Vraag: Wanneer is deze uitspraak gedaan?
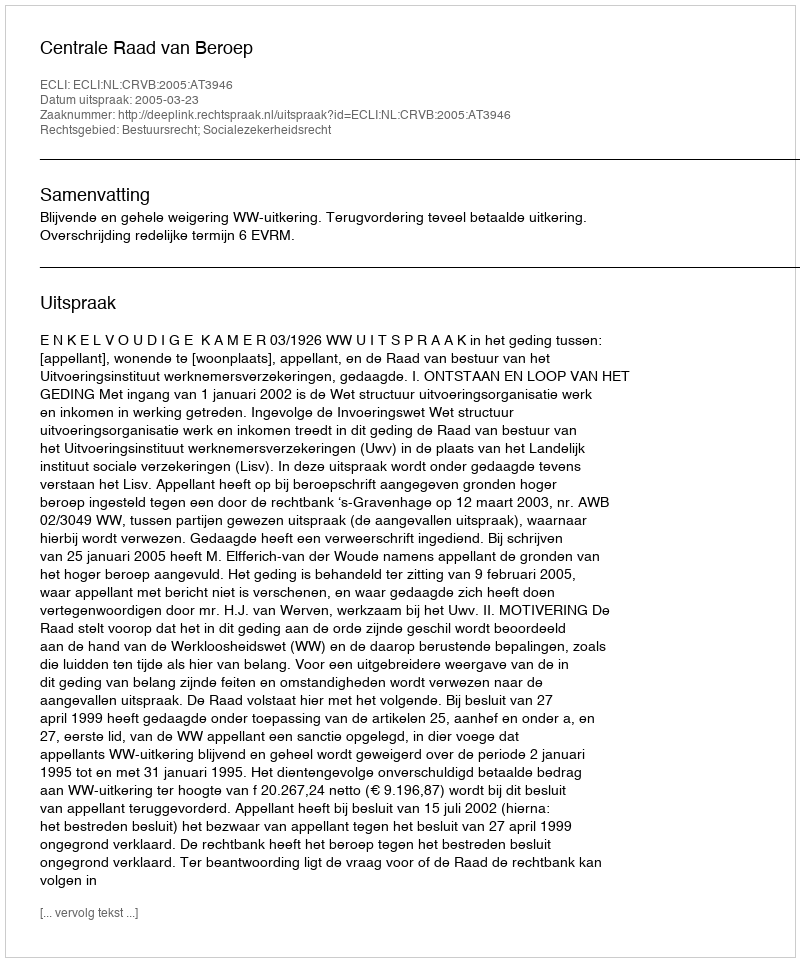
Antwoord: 2005-03-23